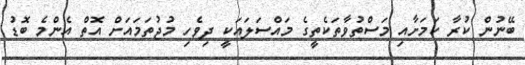
ބޭނުން ކުރާ ކަމަށާއި މަސްތުވާތަކެތީގެ މައްސަލައަކީ ދިވެހި މުޖުތަމައަށް އޮތް އެންމެ ބޮޑު